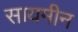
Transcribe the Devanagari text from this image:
सायमीन